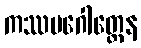
ကဿပဂေါတ္တေန